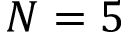
N = 5